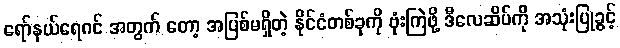
ရော်နယ်ရေဂင် အတွက် တော့ အပြစ်မရှိတဲ့ နိုင်ငံတစ်ခုကို ဗုံးကြဲဖို့ ဒီလေဆိပ်ကို အသုံးပြုခွင့်